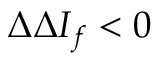
\Delta \Delta I _ { f } < 0